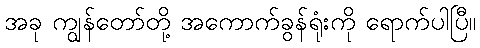
အခု ကျွန်တော်တို့ အကောက်ခွန်ရုံးကို ရောက်ပါပြီ။